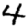
Digit: 4